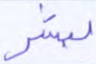
لبشر